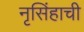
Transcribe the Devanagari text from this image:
नृसिंहाची